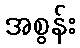
အစွန်း